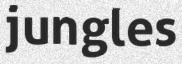
jungles